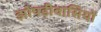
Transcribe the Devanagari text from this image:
झोपड़ीवासियों